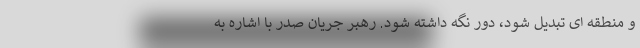
و منطقه ای تبدیل شود، دور نگه داشته شود. رهبر جریان صدر با اشاره به